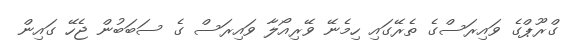
ގްރޫޕްގެ ވައިރަސްގެ ތެރޭގައި ހިމެނޭ ވޭރިއޯލާ ވައިރަސް ގެ ސަބަބުން ޖެހޭ ގައިން